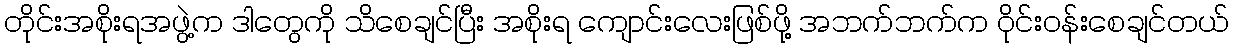
တိုင်းအစိုးရအဖွဲ့က ဒါတွေကို သိစေချင်ပြီး အစိုးရ ကျောင်းလေးဖြစ်ဖို့ အဘက်ဘက်က ဝိုင်းဝန်းစေချင်တယ်